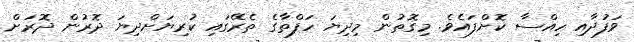
ވަފުދާއި ހިއްސާ ކޮށްފައެވެ. މިގޮތުން މިދިޔަ ހަފްތާގެ ތެރޭގައި ކުރިޔަށްދިޔަ ދޮރުން ދޮރަށް